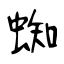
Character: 蜘